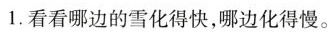
1.看看哪边的雪化得快，哪边化得慢。